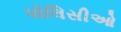
પૉલિસીઓ